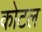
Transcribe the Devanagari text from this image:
कोटल